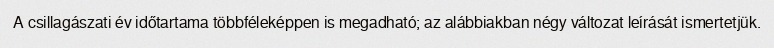
A csillagászati év időtartama többféleképpen is megadható; az alábbiakban négy változat leírását ismertetjük.